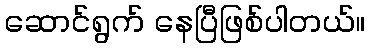
ဆောင်ရွက် နေပြီဖြစ်ပါတယ်။